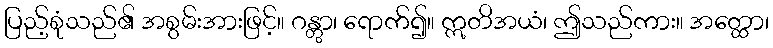
ပြည့်စုံသည်၏ အစွမ်းအားဖြင့်။ ဂန္တွာ၊ ရောက်၍။ ဣတိအယံ၊ ဤသည်ကား။ အတ္ထော၊